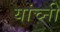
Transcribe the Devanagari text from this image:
यांच्नी